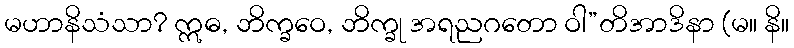
မဟာနိသံသာ? ဣဓ, ဘိက္ခဝေ, ဘိက္ခု အရညဂတော ဝါ”တိအာဒိနာ (မ။ နိ။